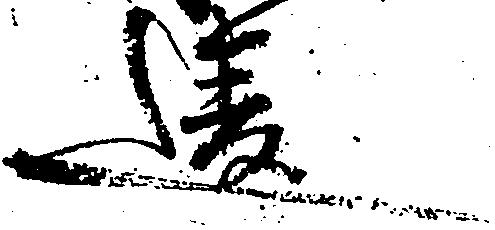
違